Vaccination report Assam 1896-1927 - 1896-1927
Year: 1896
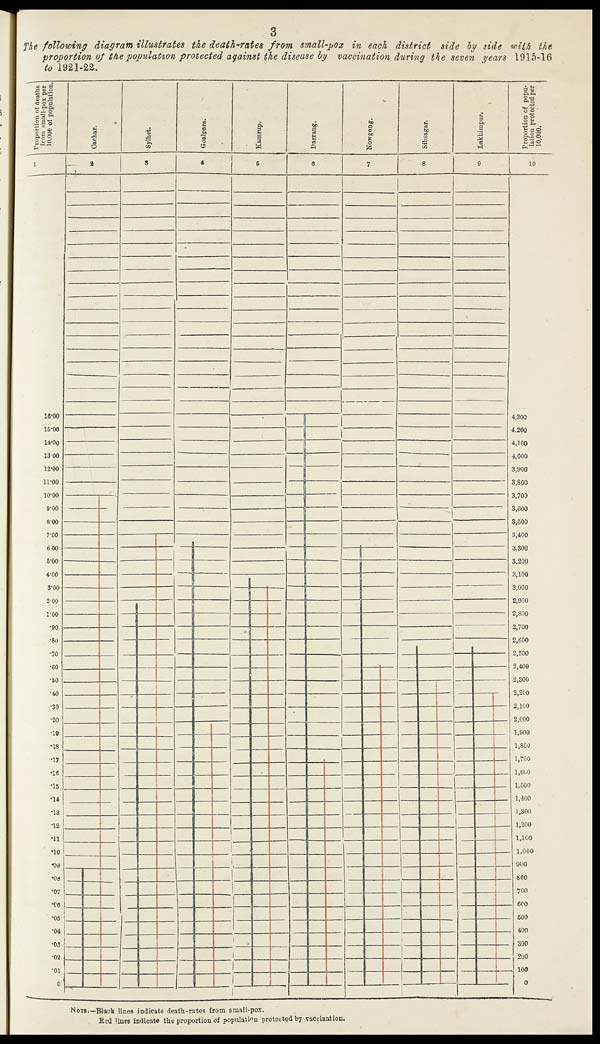
3
The following diagram illustrates the death-rates from small-pox in each district side by side with the
proportion of the population protected against the disease by vaccination during the seven years 1915-16
to 1921-22.
NOTE—Black lines indicate death-rates from small-pox.
Red lines indicate the proportion of population protected by vaccination.